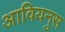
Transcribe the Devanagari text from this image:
आवियनुस